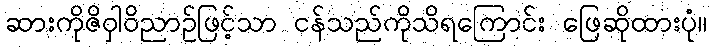
ဆားကိုဇိဝှါဝိညာဉ်ဖြင့်သာ ငန်သည်ကိုသိရကြောင်း ဖြေဆိုထားပုံ။